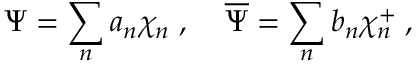
\Psi = \sum _ { n } a _ { n } \chi _ { n } \; , \; \; \; \; \overline { { { \Psi } } } = \sum _ { n } b _ { n } \chi _ { n } ^ { + } \; ,